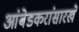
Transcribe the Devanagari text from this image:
आंबेडकरांसारखे